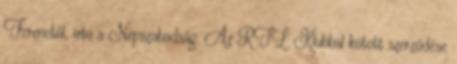
Ferenctől, írta a Népszabadság. Az RTL Klubbal kötött szerződése